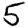
Digit: 5